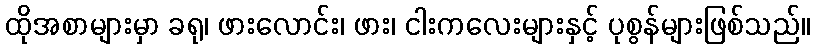
ထိုအစာများမှာ ခရု၊ ဖားလောင်း၊ ဖား၊ ငါးကလေးများနှင့် ပုစွန်များဖြစ်သည်။